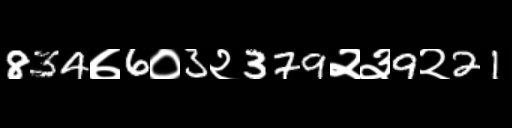
Text: 834७6०3२379२३9२21